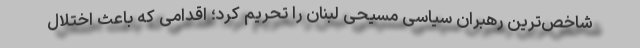
شاخص‌ترین رهبران سیاسی مسیحی لبنان را تحریم کرد؛ اقدامی که باعث اختلال